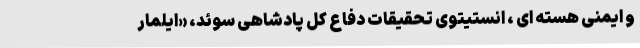
و ایمنی هسته ای ، انستیتوی تحقیقات دفاع کل پادشاهی سوئد، «ایلمار